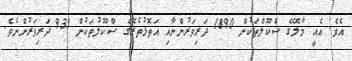
އެވެ. އެއީ މާލޭގެ ސްކޫލްތަކުން 1890 ދަރިވަރުންނާއި އަތޮޅުތެރޭގެ ސްކޫލުތަކުން 931 ދަރިވަރުންނެވެ.